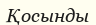
Қосынды